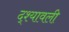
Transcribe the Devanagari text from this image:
द्श्यावली